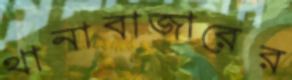
থানাবাজারের